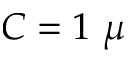
C = 1 ~ \mu